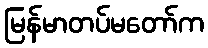
မြန်မာတပ်မတော်က